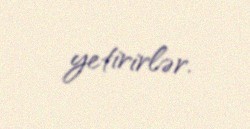
yetirirlər.